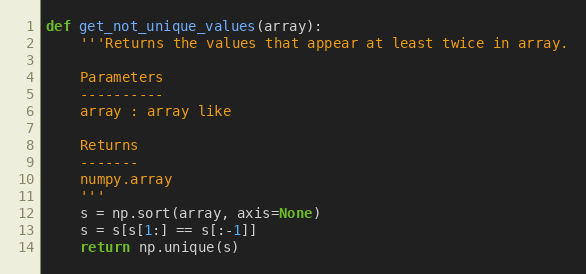
Language: Python
def get_not_unique_values(array):
    '''Returns the values that appear at least twice in array.

    Parameters
    ----------
    array : array like

    Returns
    -------
    numpy.array
    '''
    s = np.sort(array, axis=None)
    s = s[s[1:] == s[:-1]]
    return np.unique(s)